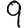
Digit: 9